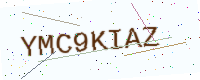
Text: YMC9KIAZ